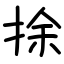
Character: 捈